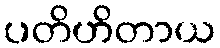
ပတိဟိတာယ